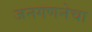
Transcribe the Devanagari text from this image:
जनगणनेचा